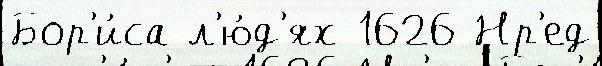
Бор'и́са л'ю́д'ях 1626 Нр'ед